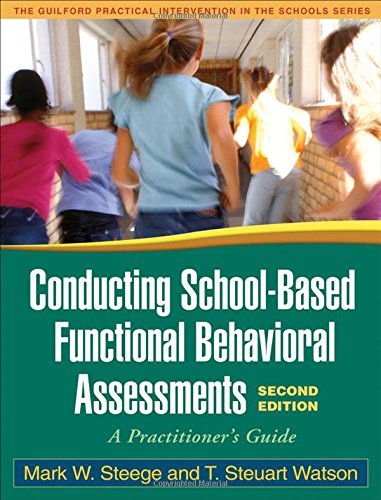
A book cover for Conducting School-Based Functional Behavioral Assessments, Second Edition: A Practitioner's Guide (The Guildord Practical Intervention in the Schools Series); Mark W. Steege; Medical Books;